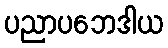
ပညာပဘေဒါယ